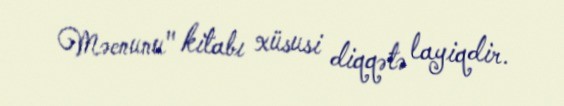
Məcnunu" kitabı xüsusi diqqətə layiqdir.